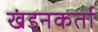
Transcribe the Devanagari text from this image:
खंडनकर्ता